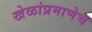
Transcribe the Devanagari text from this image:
खेळांप्रमाणेच